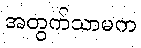
အတွက်သာမက